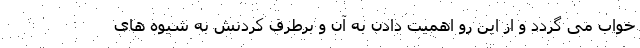
خواب می گردد و از این رو اهمیت دادن به آن و برطرف کردنش به شیوه های